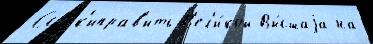
Ссылк'иправ'ить В'ел'и́кой Вы́сшаjа на